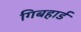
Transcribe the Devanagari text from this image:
गिबहार्ड